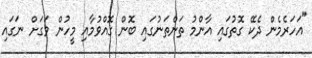
"އަހަރެމެން ދެކޭ ގޮތުގައި އާންމު ތަންތަނުގައި ބޮން ގޮއްވުމާއި މީހުން ވަގަށް ނަގައި